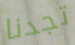
تجدنا